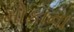
મોકાના